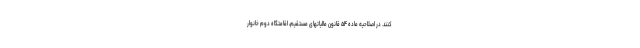
کنند. در اصلاحیه ماده ۵۴ قانون مالیاتهای مستقیم، اقامتگاه دوم خانوار